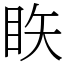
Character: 䀢